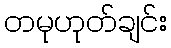
တမုဟုတ်ချင်း